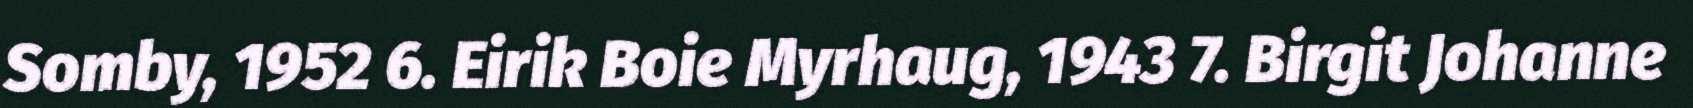
Somby, 1952 6. Eirik Boie Myrhaug, 1943 7. Birgit Johanne